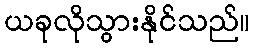
ယခုလိုသွားနိုင်သည်။